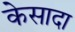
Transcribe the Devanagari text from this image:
केसादा